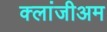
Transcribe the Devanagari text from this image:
क्लांजीअम